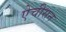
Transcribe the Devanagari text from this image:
ऐचीसन